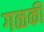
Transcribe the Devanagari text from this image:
गळकी